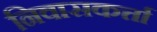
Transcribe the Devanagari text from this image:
निवासकर्त्ता